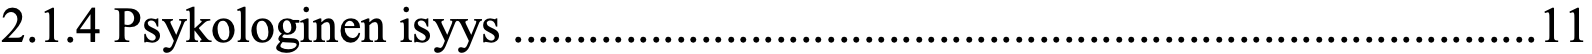
2.1.4 Psykologinen isyys .................................................................................. 11